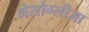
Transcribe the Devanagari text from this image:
मेसोग्लीआ